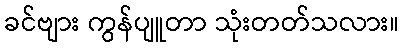
ခင်ဗျား ကွန်ပျူတာ သုံးတတ်သလား။